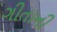
ગીતાની